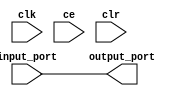
module sysgen_reinterpret_3d8a917d29 (
  input [(16 - 1):0] input_port,
  output [(16 - 1):0] output_port,
  input clk,
  input ce,
  input clr);
  wire signed [(16 - 1):0] input_port_1_40;
  wire [(16 - 1):0] output_port_5_5_force;
  assign input_port_1_40 = input_port;
  assign output_port_5_5_force = input_port_1_40;
  assign output_port = output_port_5_5_force;
endmodule